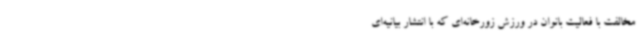
مخالفت با فعالیت بانوان در ورزش زورخانه‌ای که با انتشار بیانیه‌ای